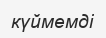
күймемді